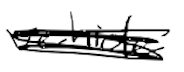
Text: vehicle
Cross-out: scratch
Writing tool: digital_black